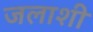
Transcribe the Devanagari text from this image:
जलाशी